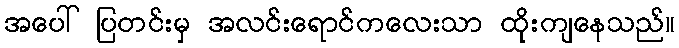
အပေါ် ပြတင်းမှ အလင်းရောင်ကလေးသာ ထိုးကျနေသည်။